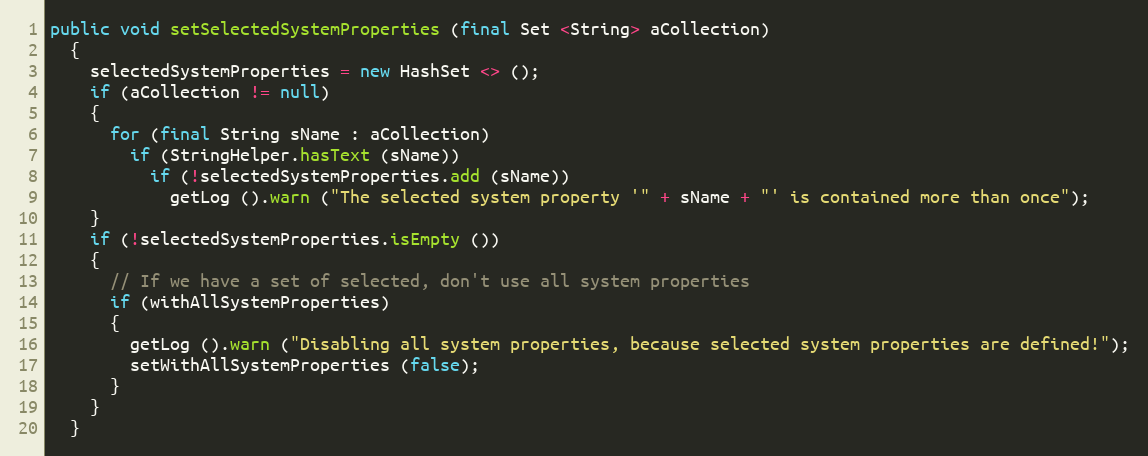
Language: Java
public void setSelectedSystemProperties (final Set <String> aCollection)
  {
    selectedSystemProperties = new HashSet <> ();
    if (aCollection != null)
    {
      for (final String sName : aCollection)
        if (StringHelper.hasText (sName))
          if (!selectedSystemProperties.add (sName))
            getLog ().warn ("The selected system property '" + sName + "' is contained more than once");
    }
    if (!selectedSystemProperties.isEmpty ())
    {
      // If we have a set of selected, don't use all system properties
      if (withAllSystemProperties)
      {
        getLog ().warn ("Disabling all system properties, because selected system properties are defined!");
        setWithAllSystemProperties (false);
      }
    }
  }